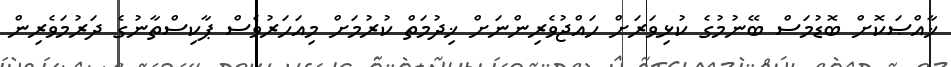
ޚާއްޞަކޮށް ބޮޑުމަސް ބޭނުމުގެ ކުޅިވަރަށް ހައްޖުވެރިންނަށް ޚިދުމަތް ކުރުމަށް މިއަަހަރުވެސް ޕާކިސްތާނުގެ ދަރުމަވެރިން